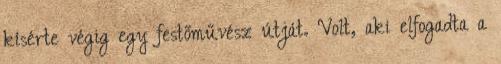
kísérte végig egy festőművész útját. Volt, aki elfogadta a